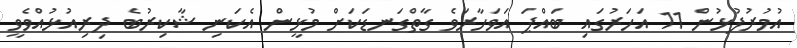
އުމުރުފުޅުން 11 އަހަރުގައި ބައްޕަ އަވަހާރަވެ ގާތްގަނޑަކަށް މުޅީން އެކަނި ޝާކިރުބެ ދިރިއުޅުއްވެވީ